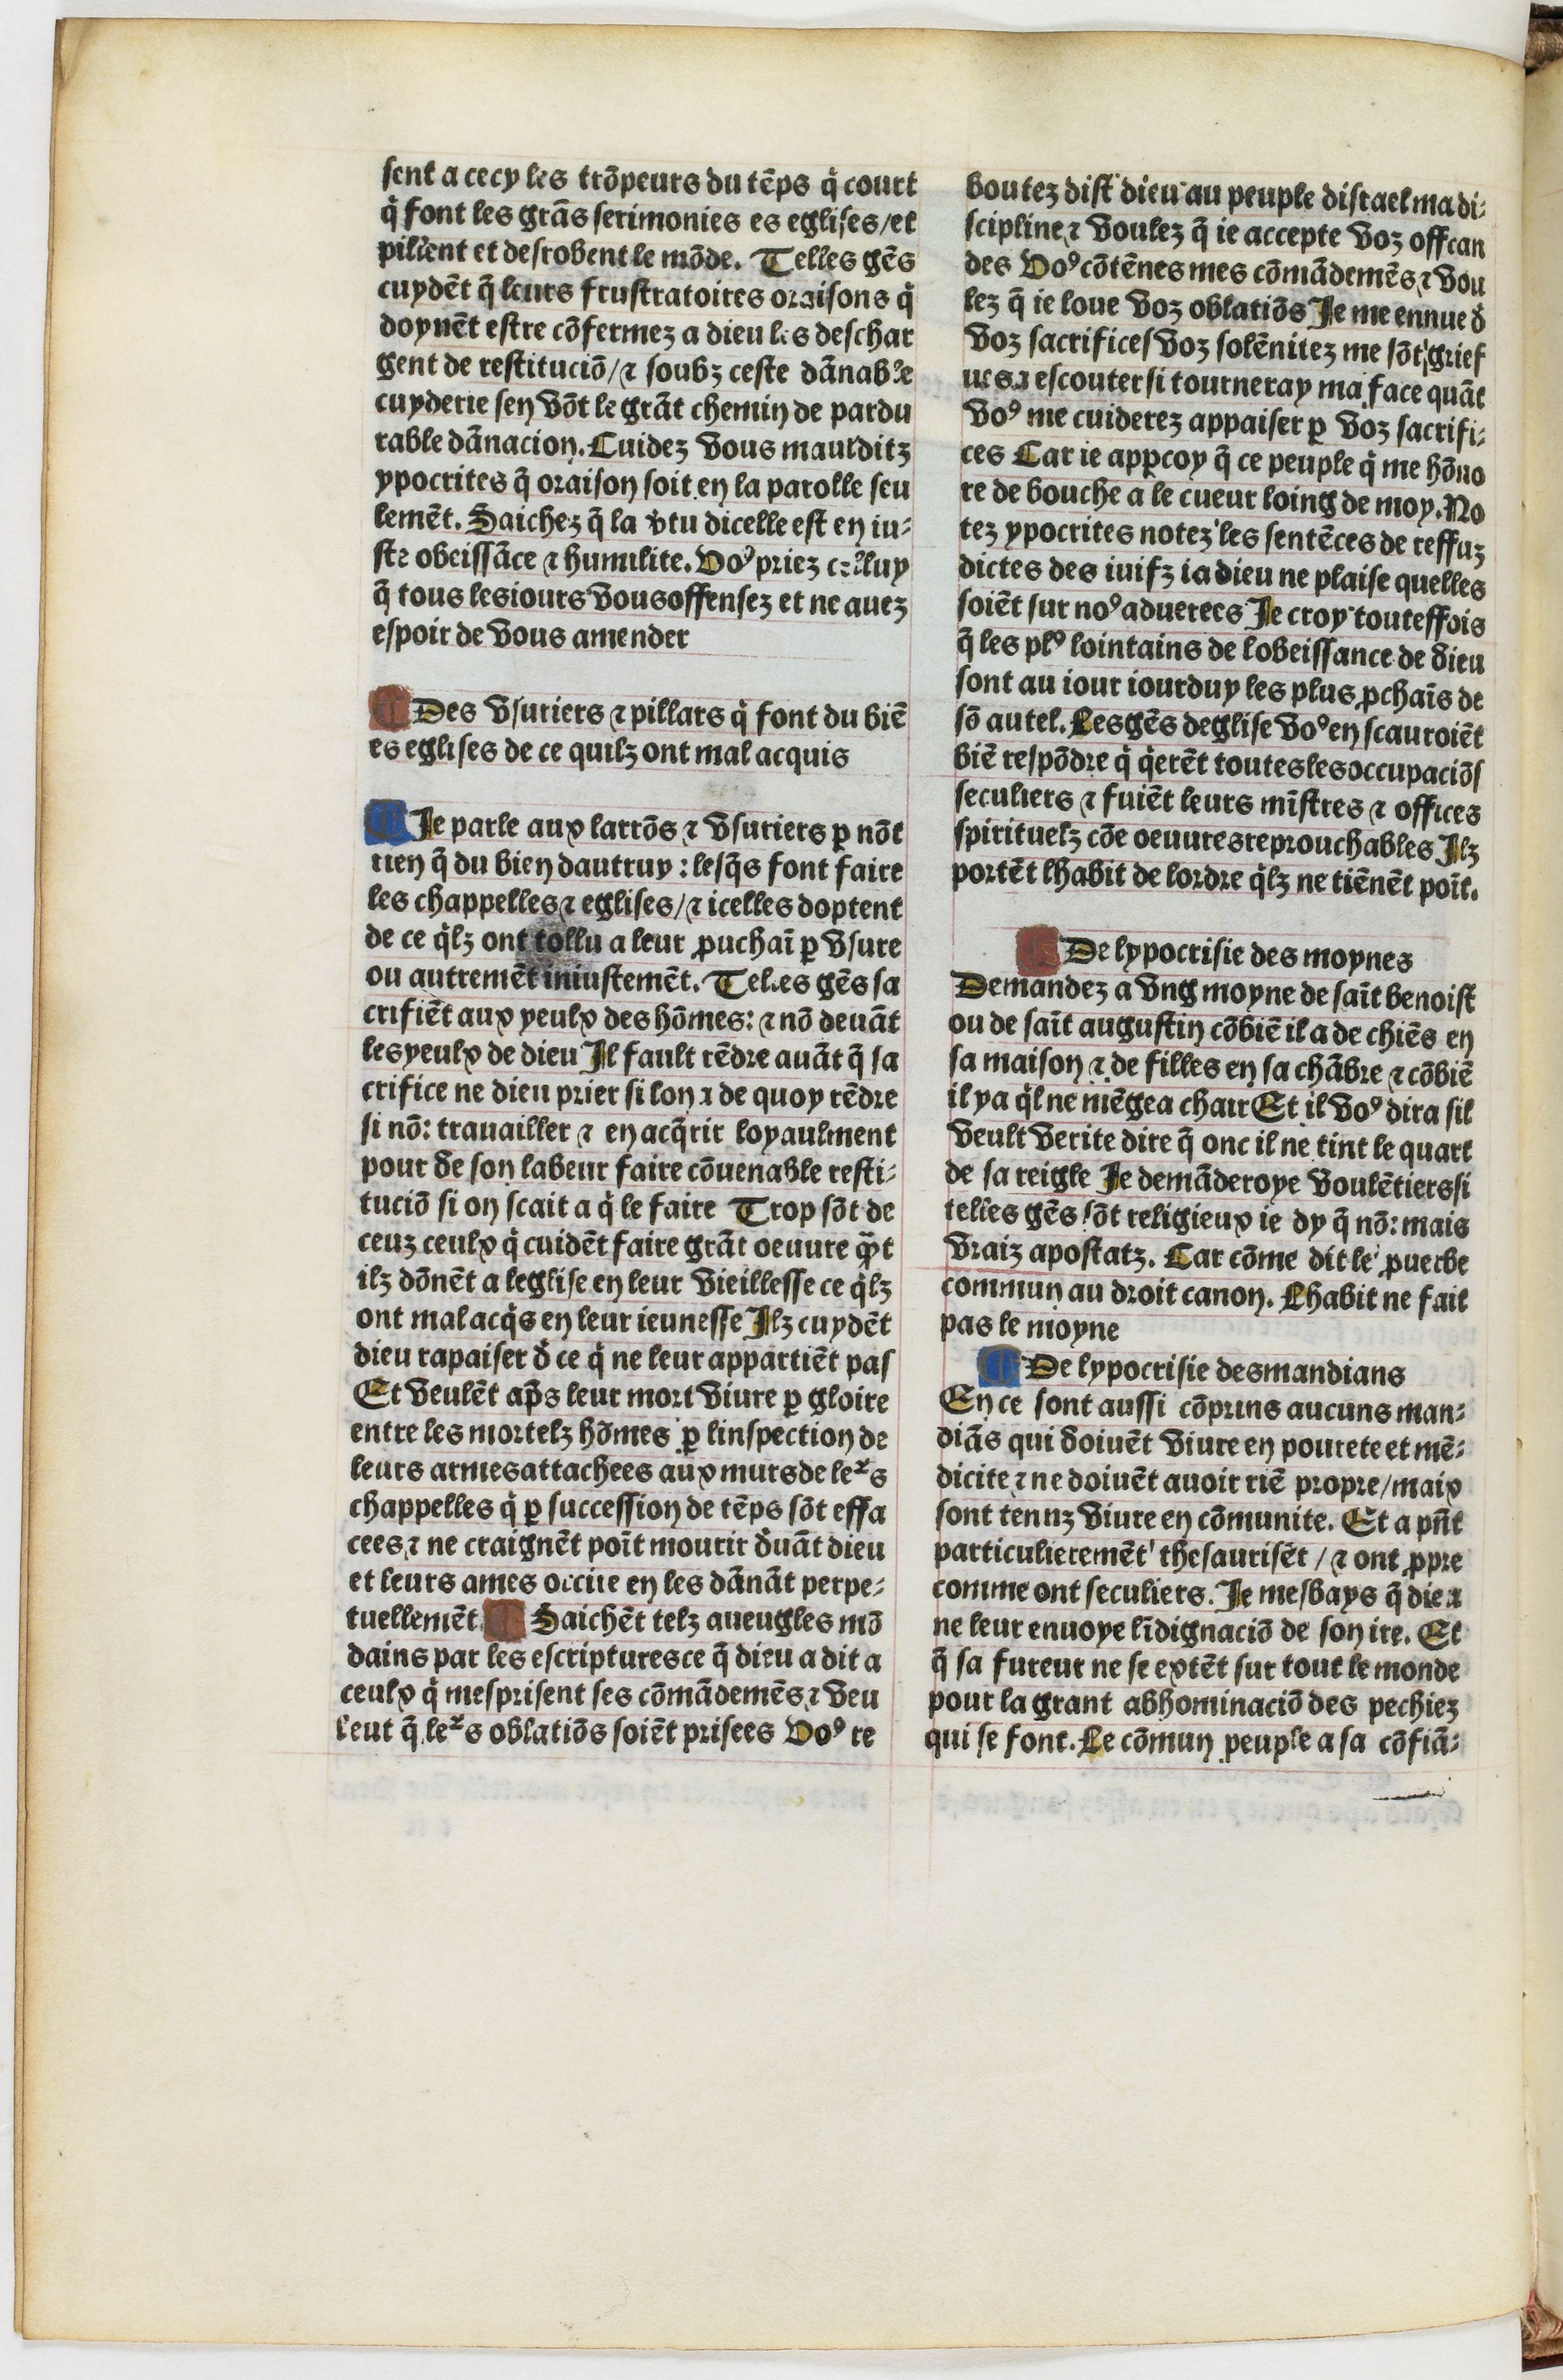
Shelfmark: Paris, BnF, Velins 1103
Century: 16